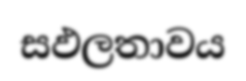
සඵලතාවය